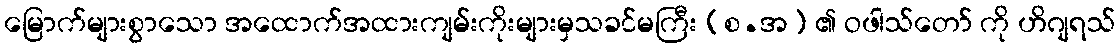
မြောက်များစွာသော အထောက်အထားကျမ်းကိုးများမှသခင်မကြီး (စ.အ) ၏ ဝဖါသ်တော် ကို ဟိဂျရသ်